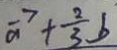
\overrightarrow { a } + \frac { 2 } { 3 } b